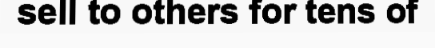
sell to others for tens of